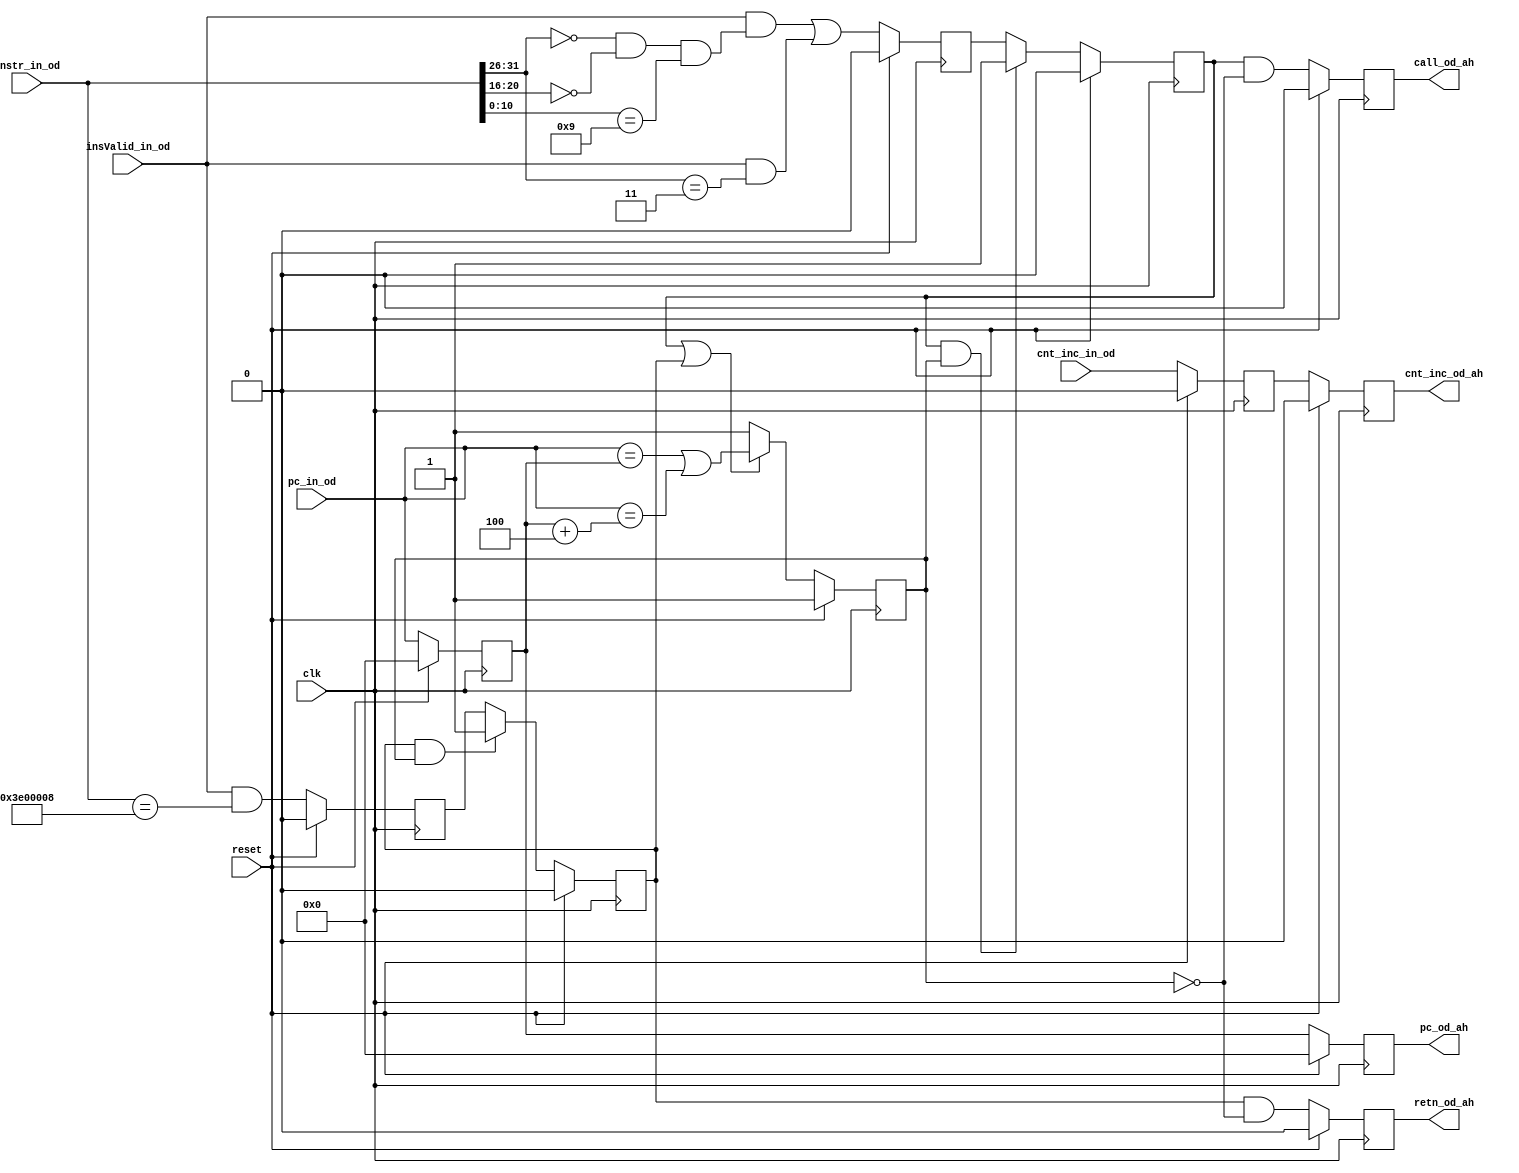
// synthesis translate_off
`timescale 1ps / 1ps
// synthesis translate_on

module OpDecode (
	input clk,
	input reset,

	input [31:0] instr_in_od,
	input insValid_in_od,
	input [31:0] pc_in_od,
	input cnt_inc_in_od,
	
	output reg [31:0] pc_od_ah,
	output reg call_od_ah,
	output reg retn_od_ah,
	output reg cnt_inc_od_ah
);
	
	reg [31:0] pc_r;
	reg call_r, call_rr;
	reg retn_r, retn_rr;
	reg cnt_inc_r;
	reg pc_within_8;
	
	wire jalr = insValid_in_od & (instr_in_od[31:26] == 6'b0 & instr_in_od[20:16] == 5'b0 & instr_in_od[10:0] == 11'b000_0000_1001);
	wire jal  = insValid_in_od & (instr_in_od[31:26] == 6'b00_0011);
	wire jr31 = insValid_in_od & (instr_in_od[31: 0] == 32'b0000_0011_1110_0000_0000_0000_0000_1000);	// $s = $ra = 31
	
	always @ (posedge clk)
	if (reset) begin
	// 1st pipeline
		cnt_inc_r  <= 1'b0;
		pc_r       <= 32'b0;
		pc_within_8<= 1'b1;	// (pc_within_8==0) ==> pc_r contains the jumped pc (target pc)
							//	Since there is always a delay slot after a call/retn instruction,
							//		if pc_within_8, it means the jumping is not yet perform.		
		call_r     <= 1'b0;
		call_rr    <= 1'b0;
		retn_rr    <= 1'b0;
		retn_r     <= 1'b0;

	// 2nd pipeline - output
		cnt_inc_od_ah<= 1'b0;
		pc_od_ah     <= 32'b0;
		call_od_ah   <= 1'b0;
		retn_od_ah   <= 1'b0;
	end
	else begin
	// 1st pipeline
		cnt_inc_r  <= cnt_inc_in_od;
		pc_r       <= pc_in_od;
		pc_within_8<= (call_rr|retn_rr) ? (pc_in_od == pc_r) | (pc_in_od == pc_r+32'h4 ) : 1'b1;
			// (pc_within_8==0) ==> pc_r contains the jumped(target) pc; pc_within_8 is assigned to 1 if no jalr|jal|jr31 instruction is detected

		call_r     <= (jalr|jal);
		retn_r     <= jr31;
		call_rr    <= (call_rr & pc_within_8) ? 1'b1 : call_r;	// call_rr stays at 1 if target pc is not yet detected
		retn_rr    <= (retn_rr & pc_within_8) ? 1'b1 : retn_r;	// retn_rr stays at 1 if target pc is not yet detected

	// 2nd pipeline - output
		cnt_inc_od_ah<= cnt_inc_r;
		pc_od_ah     <= pc_r;
		call_od_ah   <= call_rr & ~pc_within_8;
		retn_od_ah   <= retn_rr & ~pc_within_8;
	end
	
	// synthesis translate off
	reg [31:0] instr_r, instr_diff;
	always @ (posedge clk) begin
		instr_r <= instr_in_od;                // aligned with call_r | retn_r
		instr_diff <= instr_r ^ instr_in_od;   // aligned with call_r | retn_r ===> if (instr_diff==1) means instr_r contains a new instruction
		if (pc_within_8 & (call_rr | retn_rr)  & (call_r | retn_r) & instr_diff) begin    // instr_diff helps to ignore the case that the same jumping instruction lasts for multiple cycles
			$display ("Warning: A jumping instruction is detected when the previous jumping is not yet performed @ %d", $time);
		//	$stop();
		end
	end
	// synthesis translate on
endmodule